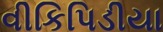
વીકિપિડીયા